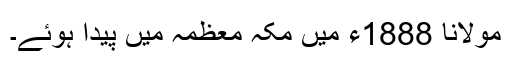
مولانا 1888ء میں مکہ معظمہ میں پیدا ہوئے۔